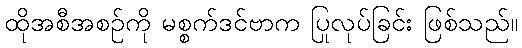
ထိုအစီအစဉ်ကို မစ္စက်ဒင်ဗာက ပြုလုပ်ခြင်း ဖြစ်သည်။